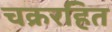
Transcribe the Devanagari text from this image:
चक्ररहित